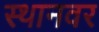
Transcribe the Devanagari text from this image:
स्थानवर